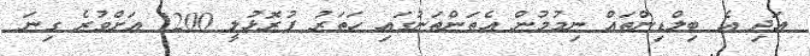
އަދި އެ ބިލްޑިންތައް ނިމުމުން އެތަންތަނުގައި ހަތަރު ފުރޮޅުލީ 1200 އަށްވުރެ ގިނަ